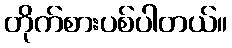
တိုက်စားပစ်ပါတယ်။